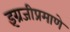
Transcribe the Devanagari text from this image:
इंग्रजीप्रमाणे